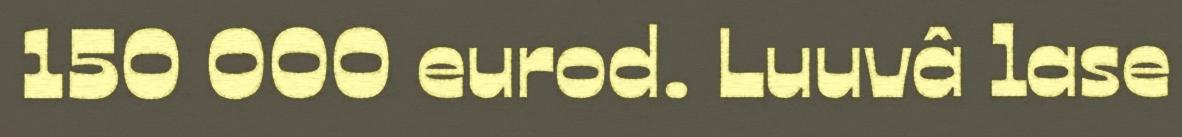
150 000 eurod. Luuvâ lase